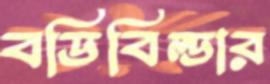
বডিবিল্ডার